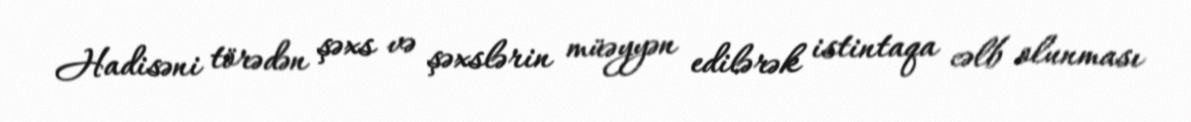
Hadisəni törədən şəxs və şəxslərin müəyyən edilərək istintaqa cəlb olunması